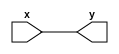
`timescale 1ns / 100ps
`default_nettype none

module fmv_s_w (x, y);
    input wire [31:0] x;
    output [31:0] y;

    wire [31:0] y;

    assign y = x;
endmodule